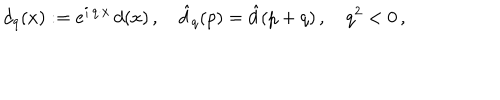
d _ { q } ( x ) : = e ^ { i \, q \cdot x } \, d ( x ) \, , \quad \hat { d } _ { q } ( p ) = \hat { d } ( p + q ) \, , \quad q ^ { 2 } < 0 \, ,